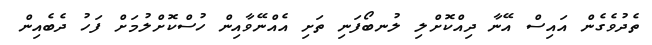
ތެދުވެގެން އައިސް އޭނާ ދިއްކޮށްލި ލުނބޯފަނި ތަށި އެއްނޭވާއިން ހުސްކޮށްލުމަށް ފަހު ދެބެއިން